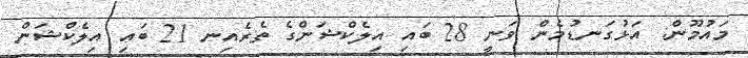
މައުމޫން: އަޅުގަނޑުމެން ވަނީ 28 ބައި އިލެކްޝަންގެ ތެރެއިނ 21 ބައި އިލެކްޝަން